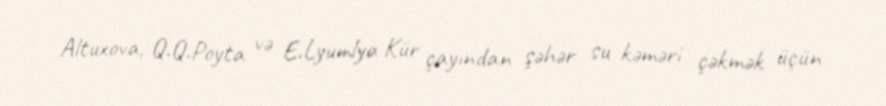
Altuxova, Q.Q.Poyta və E.Lyumlya Kür çayından şəhər su kəməri çəkmək üçün